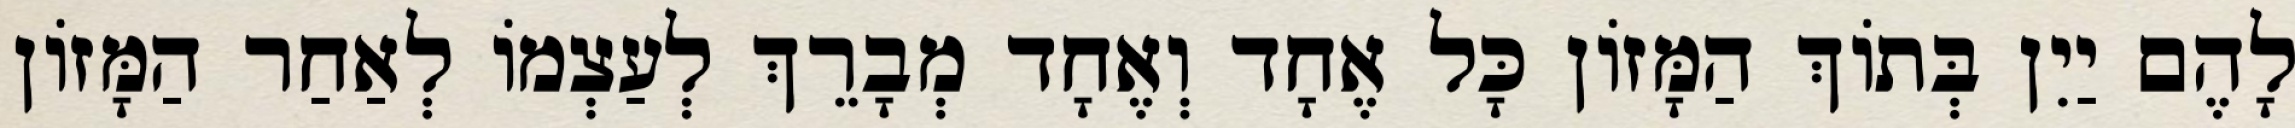
לָהֶם יַיִן בְּתוֹךְ הַמָּזוֹן כָּל אֶחָד וְאֶחָד מְבָרֵךְ לְעַצְמוֹ לְאַחַר הַמָּזוֹן